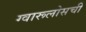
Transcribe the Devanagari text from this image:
ग्वारूलोसची